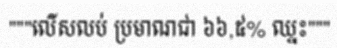
"""លើសលប់ ប្រមាណជា ៦៦,៥% ឈ្នះ"""